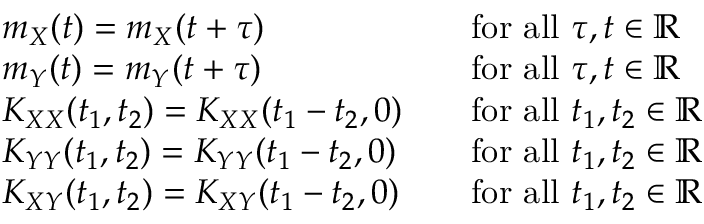
{ \begin{array} { r l r l } & { m _ { X } ( t ) = m _ { X } ( t + \tau ) } & & { { \mathrm { f o r ~ a l l ~ } } \tau , t \in \mathbb { R } } \\ & { m _ { Y } ( t ) = m _ { Y } ( t + \tau ) } & & { { \mathrm { f o r ~ a l l ~ } } \tau , t \in \mathbb { R } } \\ & { K _ { X X } ( t _ { 1 } , t _ { 2 } ) = K _ { X X } ( t _ { 1 } - t _ { 2 } , 0 ) } & & { { \mathrm { f o r ~ a l l ~ } } t _ { 1 } , t _ { 2 } \in \mathbb { R } } \\ & { K _ { Y Y } ( t _ { 1 } , t _ { 2 } ) = K _ { Y Y } ( t _ { 1 } - t _ { 2 } , 0 ) } & & { { \mathrm { f o r ~ a l l ~ } } t _ { 1 } , t _ { 2 } \in \mathbb { R } } \\ & { K _ { X Y } ( t _ { 1 } , t _ { 2 } ) = K _ { X Y } ( t _ { 1 } - t _ { 2 } , 0 ) } & & { { \mathrm { f o r ~ a l l ~ } } t _ { 1 } , t _ { 2 } \in \mathbb { R } } \end{array} }